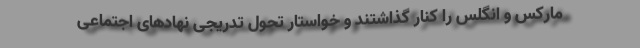
مارکس و انگلس را کنار گذاشتند و خواستار تحول تدریجی نهادهای اجتماعی